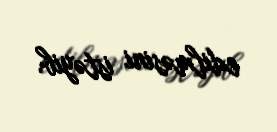
edilməsini istəyib.